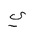
Letter: _ya